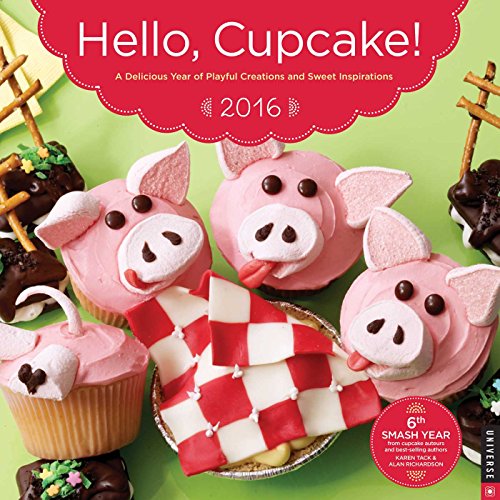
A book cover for Hello, Cupcake! 2016 Wall Calendar: A Delicious Year of Playful Creations and Sweet Inspirations; Karen Tack; Calendars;